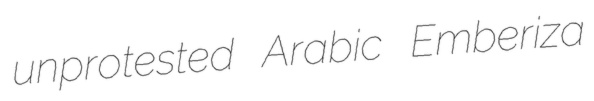
unprotested Arabic Emberiza